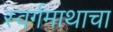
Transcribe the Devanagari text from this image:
स्वर्गमाथाचा